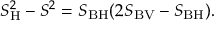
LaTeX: S _ { \mathrm { H } } ^ { 2 } - S _ { \mathrm { \Lambda } } ^ { 2 } = S _ { \mathrm { B H } } ( 2 S _ { \mathrm { B V } } - S _ { \mathrm { B H } } ) .